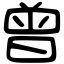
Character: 曾